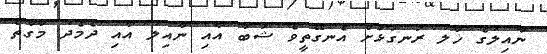
ނާއިލުގެ ޚާލު ރަނގަޅަށް އެނގޭތީވެ ޝަބާ އާއި ނާއިލު އާއި ދެމެދު މާގާތް